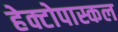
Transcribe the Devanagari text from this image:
हेक्टोपास्कल